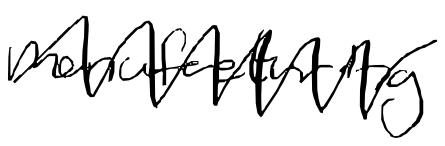
Text: manufacturing
Cross-out: zig-zag
Writing tool: digital_black